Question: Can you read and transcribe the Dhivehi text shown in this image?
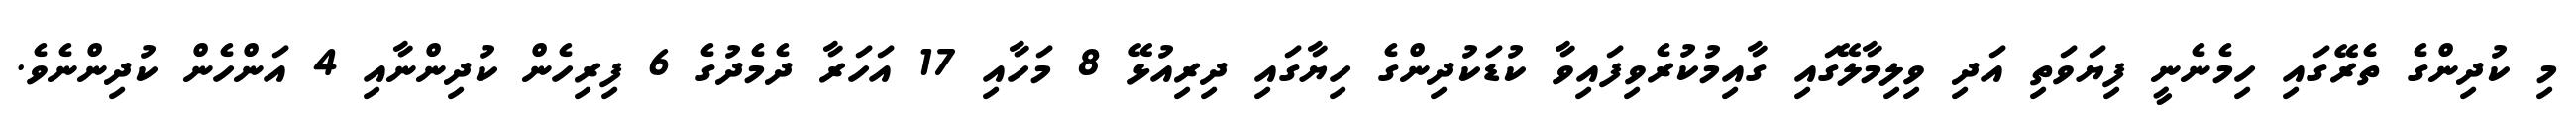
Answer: މި ކުދިންގެ ތެރޭގައި ހިމެނެނީ ފިޔަވަތި އަދި ވިލިމާލޭގައި ގާއިމުކުރެވިފައިވާ ކުޑަކުދިންގެ ހިޔާގައި ދިރިއުޅޭ 8 މަހާއި 17 އަހަރާ ދެމެދުގެ 6 ފިރިހެން ކުދިންނާއި 4 އަންހެން ކުދިންނެވެ.